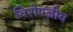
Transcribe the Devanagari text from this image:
विशेषज्ञीय